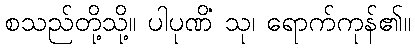
စသည်တို့သို့။ ပါပုဏိံ သု၊ ရောက်ကုန်၏။